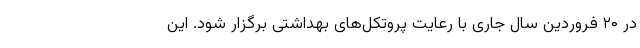
در ۲۰ فروردین سال جاری با رعایت پروتکل‌های بهداشتی برگزار ‌شود. این